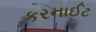
કરનાઈટ